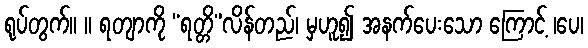
ရုပ်တွက်။ ။ ရတျာကို “ရတ္တိ”လိန်တည်၊ မှဟူ၍ အနက်ပေးသော ကြောင့် ၊ပေ၊